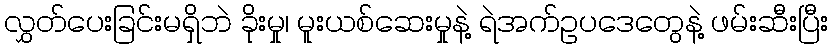
လွှတ်ပေးခြင်းမရှိဘဲ ခိုးမှု၊ မူးယစ်ဆေးမှုနဲ့ ရဲအက်ဥပဒေတွေနဲ့ ဖမ်းဆီးပြီး